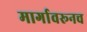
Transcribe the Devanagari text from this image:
मार्गावरूनच